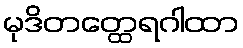
မုဒိတတ္ထေရဂါထာ